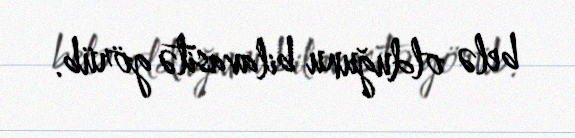
belə olduğunu bilavasitə görüb.